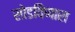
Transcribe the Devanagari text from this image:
सोडविणारा